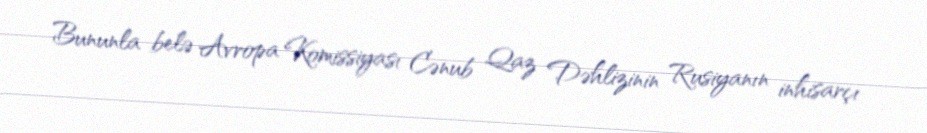
Bununla belə Avropa Komissiyası Cənub Qaz Dəhlizinin Rusiyanın inhisarçı